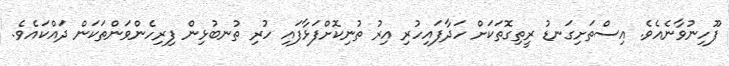
ފޫހިނުވާނެއެވެ. އިސްތަށިގަނޑު ރީތިގޮތަކަށް ހަދާފައިހުރި އިރު ތުނިކޮށްފަޅާފައި ހުރި ތުނބުޅިން ފިރިހެންވަންތަކަން ދައްކައެވެ.